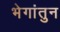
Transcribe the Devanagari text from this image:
भेगांतुन